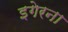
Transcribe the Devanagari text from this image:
इगेरना